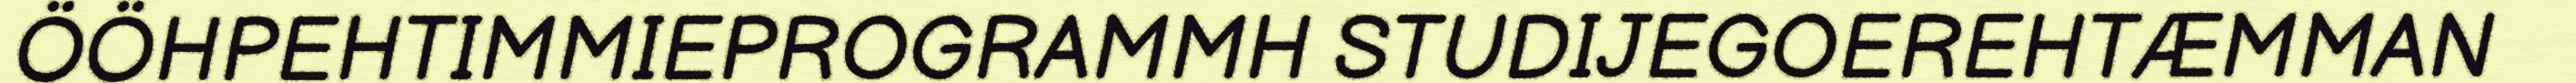
ÖÖHPEHTIMMIEPROGRAMMH STUDIJEGOEREHTÆMMAN